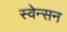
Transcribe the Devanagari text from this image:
स्वेन्सन